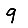
Digit: 9